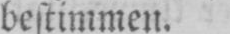
bestimmen.